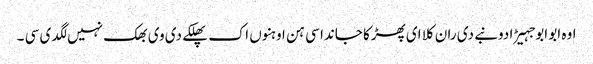
اوہ ابو ابو جہیڑا دونبے دی ران کلا ای پھڑکا جاندا سی ہن اوہنوں اک پھلکے دی وی بھک نہیں لگدی سی ۔